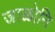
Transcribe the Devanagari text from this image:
जाळोनि